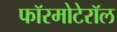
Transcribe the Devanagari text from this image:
फॉरमोटेरॉल